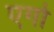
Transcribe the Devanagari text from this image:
एगो